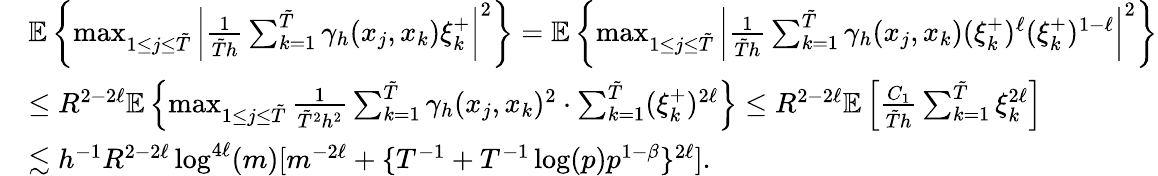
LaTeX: \begin{array}{rl}&{\mathbb{E}\left\{ \operatorname*{max}_{1\leq j\leq\tilde{T}}\left|\frac{1}{\tilde{T}h}\sum_{k=1}^{\tilde{T}}\gamma_{h}(x_{j},x_{k})\xi_{k}^{+}\right|^{2}\right\} =\mathbb{E}\left\{ \operatorname*{max}_{1\leq j\leq\tilde{T}}\left|\frac{1}{\tilde{T}h}\sum_{k=1}^{\tilde{T}}\gamma_{h}(x_{j},x_{k})(\xi_{k}^{+})^{\ell}(\xi_{k}^{+})^{1-\ell}\right|^{2}\right\} }\\ &{\leq R^{2-2\ell}\mathbb{E}\left\{ \operatorname*{max}_{1\leq j\leq\tilde{T}}\frac{1}{\tilde{T}^{2}h^{2}}\sum_{k=1}^{\tilde{T}}\gamma_{h}(x_{j},x_{k})^{2}\cdot\sum_{k=1}^{\tilde{T}}(\xi_{k}^{+})^{2\ell}\right\} \leq R^{2-2\ell}\mathbb{E}\left[\frac{C_{1}}{\tilde{T}h}\sum_{k=1}^{\tilde{T}}\xi_{k}^{2\ell}\right]}\\ &{\lesssim h^{-1}R^{2-2\ell}\log^{4\ell}(m)[m^{-2\ell}+\{ T^{-1}+T^{-1}\log(p)p^{1-\beta}\} ^{2\ell}].}\end{array}